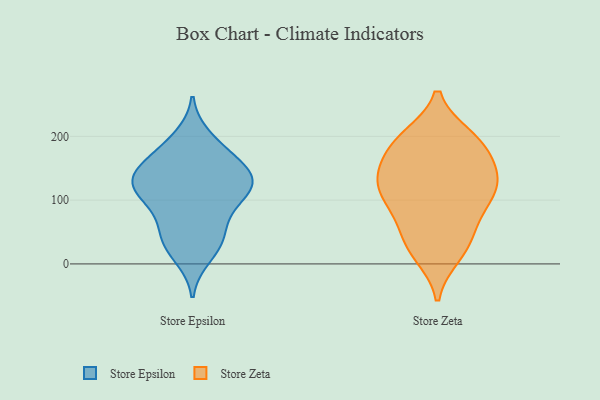
{"axis": {"x": "Churn Rate (%)", "y": "Value"}, "legend": ["Store Epsilon", "Store Zeta"], "data": [{"x": "", "y": 66, "type": "Store Epsilon"}, {"x": "", "y": 94, "type": "Store Epsilon"}, {"x": "", "y": 135, "type": "Store Epsilon"}, {"x": "", "y": 118, "type": "Store Epsilon"}, {"x": "", "y": 146, "type": "Store Epsilon"}, {"x": "", "y": 115, "type": "Store Epsilon"}, {"x": "", "y": 41, "type": "Store Epsilon"}, {"x": "", "y": 174, "type": "Store Epsilon"}, {"x": "", "y": 144, "type": "Store Epsilon"}, {"x": "", "y": 98, "type": "Store Epsilon"}, {"x": "", "y": 12, "type": "Store Epsilon"}, {"x": "", "y": 198, "type": "Store Epsilon"}, {"x": "", "y": 179, "type": "Store Epsilon"}, {"x": "", "y": 120, "type": "Store Epsilon"}, {"x": "", "y": 42, "type": "Store Epsilon"}, {"x": "", "y": 130, "type": "Store Epsilon"}, {"x": "", "y": 30, "type": "Store Epsilon"}, {"x": "", "y": 143, "type": "Store Epsilon"}, {"x": "", "y": 28, "type": "Store Zeta"}, {"x": "", "y": 198, "type": "Store Zeta"}, {"x": "", "y": 143, "type": "Store Zeta"}, {"x": "", "y": 15, "type": "Store Zeta"}, {"x": "", "y": 30, "type": "Store Zeta"}, {"x": "", "y": 128, "type": "Store Zeta"}, {"x": "", "y": 118, "type": "Store Zeta"}, {"x": "", "y": 75, "type": "Store Zeta"}, {"x": "", "y": 98, "type": "Store Zeta"}, {"x": "", "y": 168, "type": "Store Zeta"}, {"x": "", "y": 190, "type": "Store Zeta"}, {"x": "", "y": 62, "type": "Store Zeta"}, {"x": "", "y": 107, "type": "Store Zeta"}, {"x": "", "y": 137, "type": "Store Zeta"}, {"x": "", "y": 197, "type": "Store Zeta"}, {"x": "", "y": 184, "type": "Store Zeta"}, {"x": "", "y": 126, "type": "Store Zeta"}]}